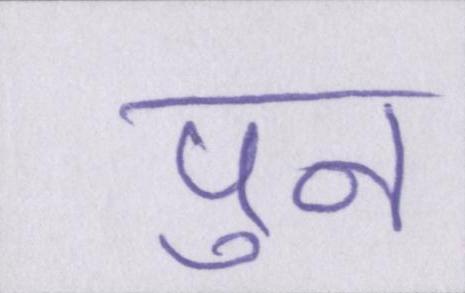
पुन